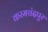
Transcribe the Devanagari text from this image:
करमचंदपुर